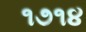
૧૭૧૪